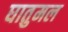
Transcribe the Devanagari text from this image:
घातुमल